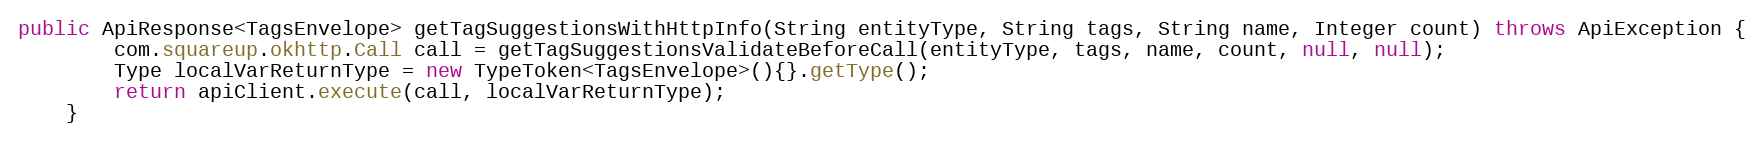
Language: Java
public ApiResponse<TagsEnvelope> getTagSuggestionsWithHttpInfo(String entityType, String tags, String name, Integer count) throws ApiException {
        com.squareup.okhttp.Call call = getTagSuggestionsValidateBeforeCall(entityType, tags, name, count, null, null);
        Type localVarReturnType = new TypeToken<TagsEnvelope>(){}.getType();
        return apiClient.execute(call, localVarReturnType);
    }